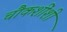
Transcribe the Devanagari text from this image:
चौकशींशी